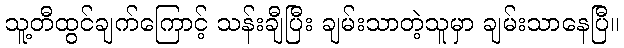
သူ့တီထွင်ချက်ကြောင့် သန်းချီပြီး ချမ်းသာတဲ့သူမှာ ချမ်းသာနေပြီ။